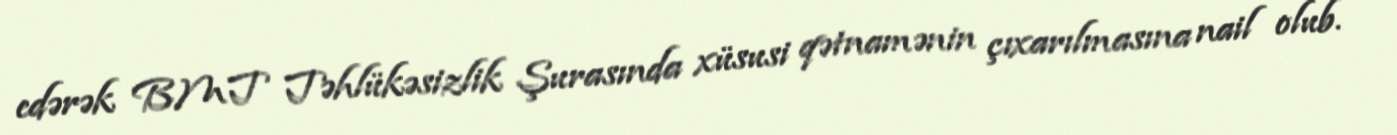
edərək BMT Təhlükəsizlik Şurasında xüsusi qətnamənin çıxarılmasına nail olub.